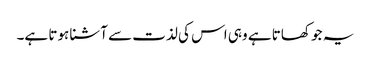
یہ جو کھاتا ہے وہی اس کی لذت سے آشنا ہوتا ہے۔